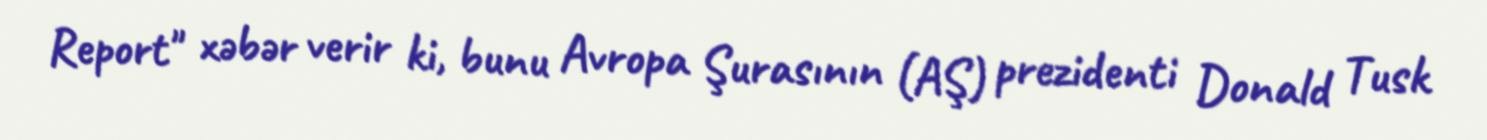
Report" xəbər verir ki, bunu Avropa Şurasının (AŞ) prezidenti Donald Tusk